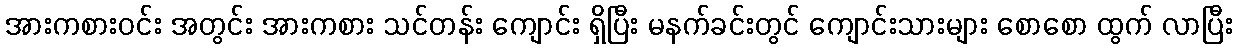
အားကစားဝင်း အတွင်း အားကစား သင်တန်း ကျောင်း ရှိပြီး မနက်ခင်းတွင် ကျောင်းသားများ စောစော ထွက် လာပြီး